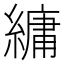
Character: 𦄢